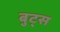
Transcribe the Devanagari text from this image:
बुट्स